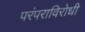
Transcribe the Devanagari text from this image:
परंपराविरोधी